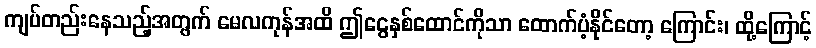
ကျပ်တည်းနေသည့်အတွက် မေလကုန်အထိ ဤငွေနှစ်ထောင်ကိုသာ ထောက်ပံ့နိုင်တော့ ကြောင်း၊ ထို့ကြောင့်